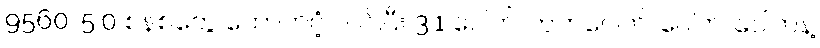
9560၊ 5.0 စနစ်တွေ ထောက်ပံ့ပါ၀င်ပြီး 3.1 ပေါက်၊ ကတ်ပေါက်၊ ပေါက်၊ ပေါက်နဲ့